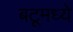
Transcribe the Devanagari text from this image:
बटूमध्ये